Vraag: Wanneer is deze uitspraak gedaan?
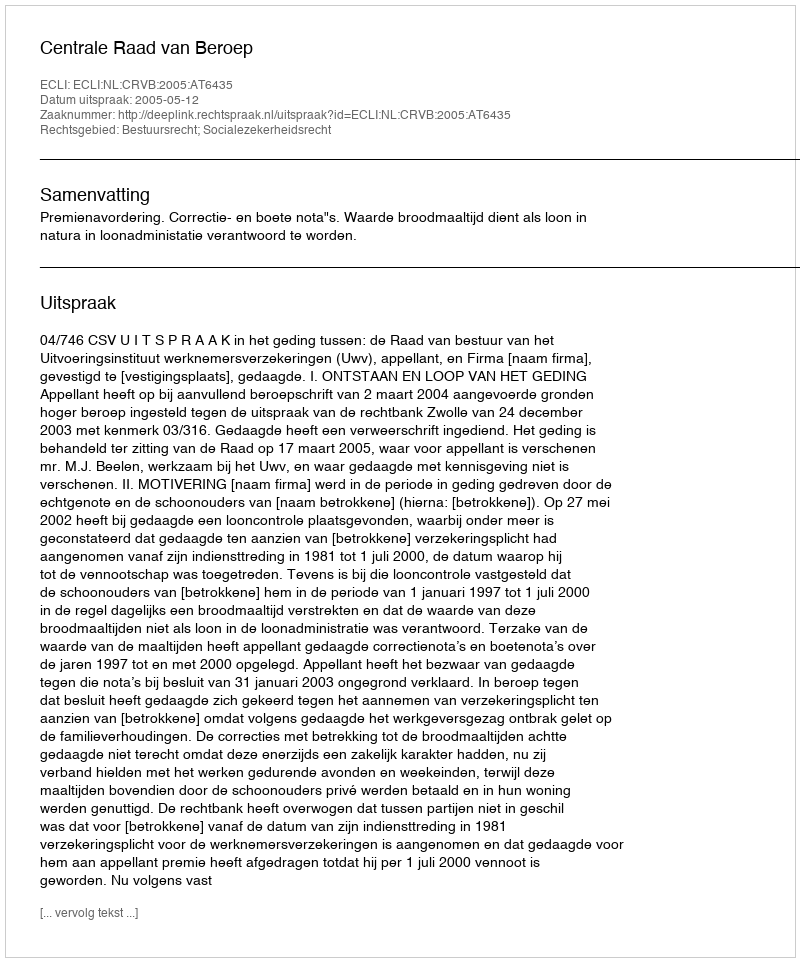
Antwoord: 2005-05-12